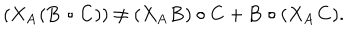
( X _ { \bf A } ( { \bf B } \circ { \bf C } ) ) \neq ( X _ { \bf A } { \bf B } ) \circ { \bf C } + { \bf B } \circ ( X _ { \bf A } { \bf C } ) .